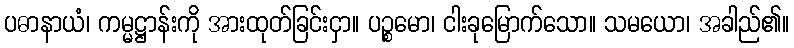
ပဓာနာယံ၊ ကမ္မဋ္ဌာန်းကို အားထုတ်ခြင်းငှာ။ ပဉ္စမော၊ ငါးခုမြောက်သော။ သမယော၊ အခါည်၏။